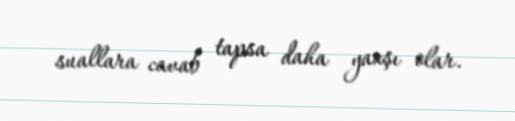
suallara cavab tapsa daha yaxşı olar.